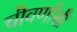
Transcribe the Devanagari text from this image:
चौवर्णासी